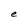
Character: e